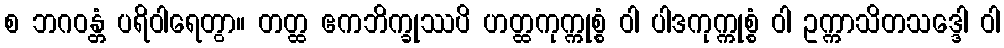
စ ဘဂဝန္တံ ပရိဝါရေတွာ။ တတ္ထ ဧကဘိက္ခုဿပိ ဟတ္ထကုက္ကုစ္စံ ဝါ ပါဒကုက္ကုစ္စံ ဝါ ဥက္ကာသိတသဒ္ဒေါ ဝါ